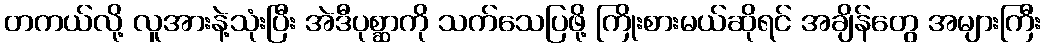
တကယ်လို့ လူအားနဲ့သုံးပြီး အဲဒီပုစ္ဆာကို သက်သေပြဖို့ ကြိုးစားမယ်ဆိုရင် အချိန်တွေ အများကြီး